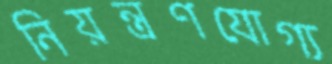
নিয়ন্ত্রণযোগ্য